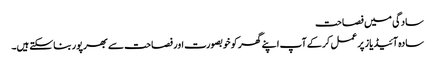
سادگی میں فصاحت
سادہ آئیڈیاز پر عمل کرکے آپ اپنے گھر کو خوبصورت اور فصاحت سے بھرپور بناسکتے ہیں۔